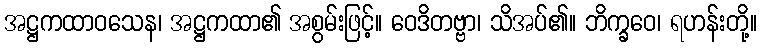
အဋ္ဌကထာဝသေန၊ အဋ္ဌကထာ၏ အစွမ်းဖြင့်။ ဝေဒိတဗ္ဗာ၊ သိအပ်၏။ ဘိက္ခဝေ၊ ရဟန်းတို့။